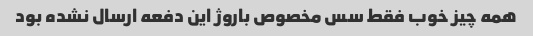
همه چیز خوب فقط سس مخصوص باروژ این دفعه ارسال نشده بود